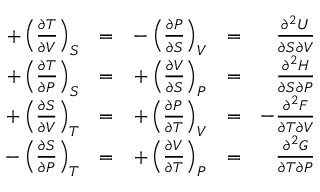
{ \begin{array} { r l r l r } { + \left( { \frac { \partial T } { \partial V } } \right) _ { S } } & { = } & { - \left( { \frac { \partial P } { \partial S } } \right) _ { V } } & { = } & { { \frac { \partial ^ { 2 } U } { \partial S \partial V } } } \\ { + \left( { \frac { \partial T } { \partial P } } \right) _ { S } } & { = } & { + \left( { \frac { \partial V } { \partial S } } \right) _ { P } } & { = } & { { \frac { \partial ^ { 2 } H } { \partial S \partial P } } } \\ { + \left( { \frac { \partial S } { \partial V } } \right) _ { T } } & { = } & { + \left( { \frac { \partial P } { \partial T } } \right) _ { V } } & { = } & { - { \frac { \partial ^ { 2 } F } { \partial T \partial V } } } \\ { - \left( { \frac { \partial S } { \partial P } } \right) _ { T } } & { = } & { + \left( { \frac { \partial V } { \partial T } } \right) _ { P } } & { = } & { { \frac { \partial ^ { 2 } G } { \partial T \partial P } } } \end{array} } \,